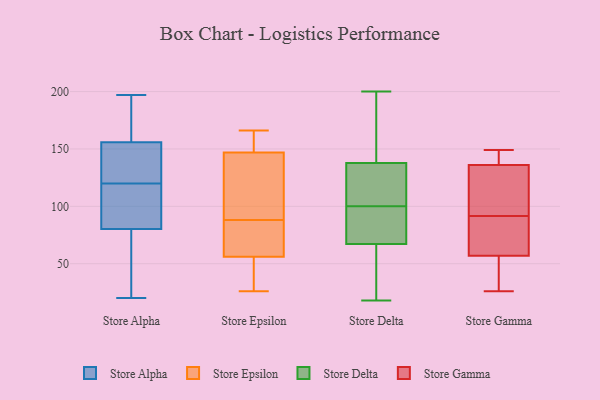
{"axis": {"x": "Gross Profit (USD K)", "y": "Value"}, "legend": ["Store Alpha", "Store Delta", "Store Epsilon", "Store Gamma"], "data": [{"x": "", "y": 197, "type": "Store Alpha"}, {"x": "", "y": 111, "type": "Store Alpha"}, {"x": "", "y": 176, "type": "Store Alpha"}, {"x": "", "y": 120, "type": "Store Alpha"}, {"x": "", "y": 165, "type": "Store Alpha"}, {"x": "", "y": 134, "type": "Store Alpha"}, {"x": "", "y": 160, "type": "Store Alpha"}, {"x": "", "y": 93, "type": "Store Alpha"}, {"x": "", "y": 49, "type": "Store Alpha"}, {"x": "", "y": 91, "type": "Store Alpha"}, {"x": "", "y": 142, "type": "Store Alpha"}, {"x": "", "y": 143, "type": "Store Alpha"}, {"x": "", "y": 20, "type": "Store Alpha"}, {"x": "", "y": 90, "type": "Store Alpha"}, {"x": "", "y": 143, "type": "Store Alpha"}, {"x": "", "y": 77, "type": "Store Alpha"}, {"x": "", "y": 57, "type": "Store Alpha"}, {"x": "", "y": 192, "type": "Store Alpha"}, {"x": "", "y": 69, "type": "Store Alpha"}, {"x": "", "y": 166, "type": "Store Epsilon"}, {"x": "", "y": 88, "type": "Store Epsilon"}, {"x": "", "y": 126, "type": "Store Epsilon"}, {"x": "", "y": 51, "type": "Store Epsilon"}, {"x": "", "y": 165, "type": "Store Epsilon"}, {"x": "", "y": 71, "type": "Store Epsilon"}, {"x": "", "y": 154, "type": "Store Epsilon"}, {"x": "", "y": 75, "type": "Store Epsilon"}, {"x": "", "y": 29, "type": "Store Epsilon"}, {"x": "", "y": 121, "type": "Store Epsilon"}, {"x": "", "y": 26, "type": "Store Epsilon"}, {"x": "", "y": 76, "type": "Store Delta"}, {"x": "", "y": 165, "type": "Store Delta"}, {"x": "", "y": 200, "type": "Store Delta"}, {"x": "", "y": 114, "type": "Store Delta"}, {"x": "", "y": 18, "type": "Store Delta"}, {"x": "", "y": 85, "type": "Store Delta"}, {"x": "", "y": 84, "type": "Store Delta"}, {"x": "", "y": 100, "type": "Store Delta"}, {"x": "", "y": 30, "type": "Store Delta"}, {"x": "", "y": 133, "type": "Store Delta"}, {"x": "", "y": 41, "type": "Store Delta"}, {"x": "", "y": 152, "type": "Store Delta"}, {"x": "", "y": 125, "type": "Store Delta"}, {"x": "", "y": 136, "type": "Store Gamma"}, {"x": "", "y": 38, "type": "Store Gamma"}, {"x": "", "y": 149, "type": "Store Gamma"}, {"x": "", "y": 133, "type": "Store Gamma"}, {"x": "", "y": 137, "type": "Store Gamma"}, {"x": "", "y": 75, "type": "Store Gamma"}, {"x": "", "y": 93, "type": "Store Gamma"}, {"x": "", "y": 26, "type": "Store Gamma"}, {"x": "", "y": 90, "type": "Store Gamma"}, {"x": "", "y": 57, "type": "Store Gamma"}]}